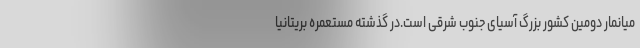
میانمار دومین کشور بزرگ آسیای جنوب شرقی است.در گذشته مستعمره بریتانیا